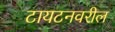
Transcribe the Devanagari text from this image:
टायटनवरील